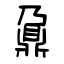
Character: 鼐